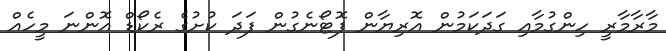
މާރާމާރީ ހިންގުމާއި ގަދަކަމުން އޮރިޔާން ފޮޓޯނެގުން ފަދަ ކުށުގެ ރެކޯޑް އޮންނަ މީހެއް